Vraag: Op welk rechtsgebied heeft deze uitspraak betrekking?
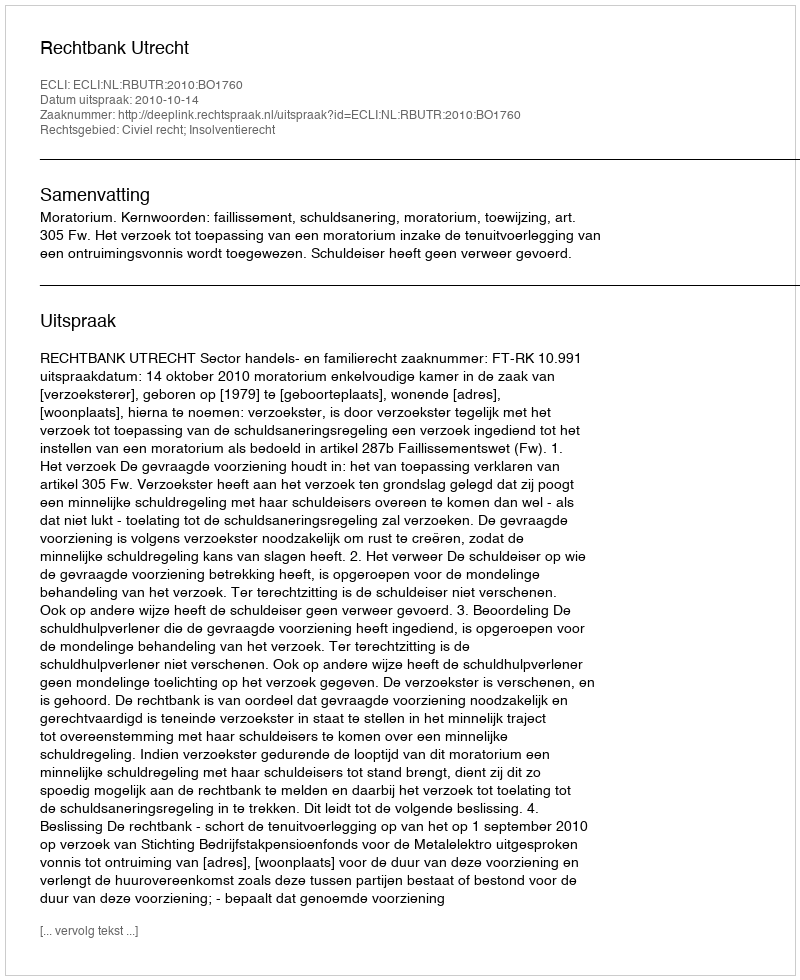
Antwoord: Civiel recht; Insolventierecht